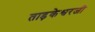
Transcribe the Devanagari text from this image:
ताड़केश्वरजी